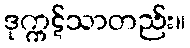
ဒုက္ကဋ်သာတည်း။